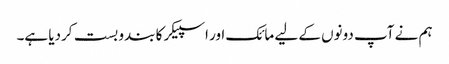
ہم نے آپ دونوں کے لیے مائک اور اسپیکر کا بندو بست کردیا ہے۔